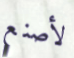
لأصنع